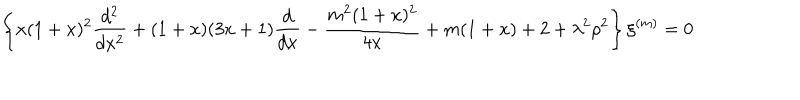
\left\{ x ( 1 + x ) ^ { 2 } \frac { d ^ { 2 } } { d x ^ { 2 } } + ( 1 + x ) ( 3 x + 1 ) \frac { d } { d x } - \frac { m ^ { 2 } ( 1 + x ) ^ { 2 } } { 4 x } + m ( 1 + x ) + 2 + \lambda ^ { 2 } \rho ^ { 2 } \right\} \xi ^ { ( m ) } = 0